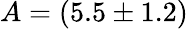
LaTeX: A=(5.5\pm 1.2)